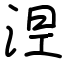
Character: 𣵀